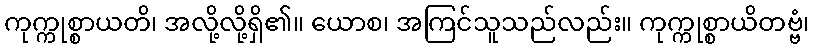
ကုက္ကုစ္စာယတိ၊ အလို့လို့ရှိ၏။ ယောစ၊ အကြင်သူသည်လည်း။ ကုက္ကုစ္စာယိတဗ္ဗံ၊